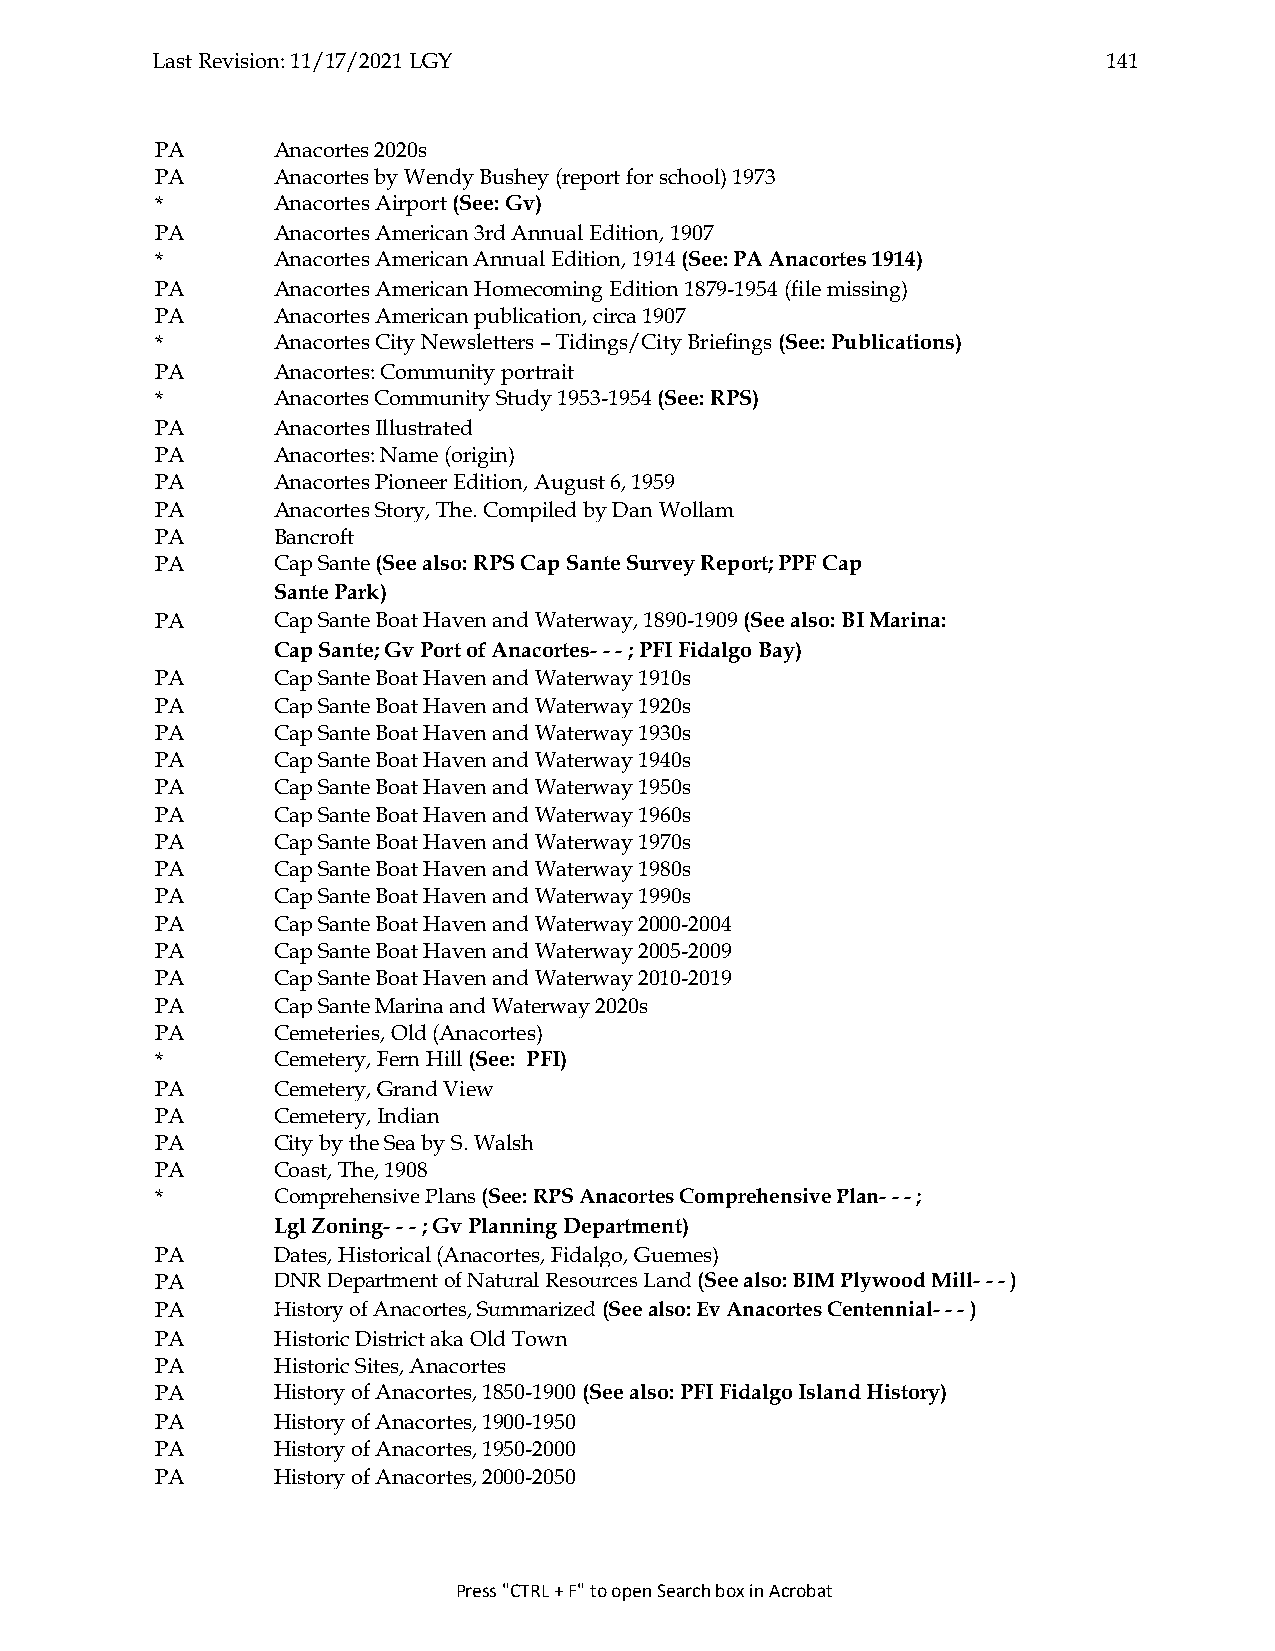
Last Revision: 11/17/2021 LGY                                  141
 PA      Anacortes 2020s
 PA      Anacortes by Wendy Bushey (report for school) 1973
 *       Anacortes Airport (See: Gv)
 PA      Anacortes American 3rd Annual Edition, 1907
 *       Anacortes American Annual Edition, 1914 (See: PA Anacortes 1914)
 PA      Anacortes American Homecoming Edition 1879-1954 (file missing)
 PA      Anacortes American publication, circa 1907
 *       Anacortes City Newsletters – Tidings/City Briefings (See: Publications)
 PA      Anacortes: Community portrait
 *       Anacortes Community Study 1953-1954 (See: RPS)
 PA      Anacortes Illustrated
 PA      Anacortes: Name (origin)
 PA      Anacortes Pioneer Edition, August 6, 1959
 PA      Anacortes Story, The. Compiled by Dan Wollam
 PA      Bancroft
 PA      Cap Sante (See also: RPS Cap Sante Survey Report; PPF Cap
 Sante Park)
 PA      Cap Sante Boat Haven and Waterway, 1890-1909 (See also: BI Marina:
 Cap Sante; Gv Port of Anacortes- - - ; PFI Fidalgo Bay)
 PA      Cap Sante Boat Haven and Waterway 1910s
 PA      Cap Sante Boat Haven and Waterway 1920s
 PA      Cap Sante Boat Haven and Waterway 1930s
 PA      Cap Sante Boat Haven and Waterway 1940s
 PA      Cap Sante Boat Haven and Waterway 1950s
 PA      Cap Sante Boat Haven and Waterway 1960s
 PA      Cap Sante Boat Haven and Waterway 1970s
 PA      Cap Sante Boat Haven and Waterway 1980s
 PA      Cap Sante Boat Haven and Waterway 1990s
 PA      Cap Sante Boat Haven and Waterway 2000-2004
 PA      Cap Sante Boat Haven and Waterway 2005-2009
 PA      Cap Sante Boat Haven and Waterway 2010-2019
 PA      Cap Sante Marina and Waterway 2020s
 PA      Cemeteries, Old (Anacortes)
 *       Cemetery, Fern Hill (See: PFI)
 PA      Cemetery, Grand View
 PA      Cemetery, Indian
 PA      City by the Sea by S. Walsh
 PA      Coast, The, 1908
 *       Comprehensive Plans (See: RPS Anacortes Comprehensive Plan- - - ;
 Lgl Zoning- - - ; Gv Planning Department)
 PA      Dates, Historical (Anacortes, Fidalgo, Guemes)
 PA      DNR Department of Natural Resources Land (See also: BIM Plywood Mill- - - )
 PA      History of Anacortes, Summarized (See also: Ev Anacortes Centennial- - - )
 PA      Historic District aka Old Town
 PA      Historic Sites, Anacortes
 PA      History of Anacortes, 1850-1900 (See also: PFI Fidalgo Island History)
 PA      History of Anacortes, 1900-1950
 PA      History of Anacortes, 1950-2000
 PA      History of Anacortes, 2000-2050
 Press "CTRL + F" to open Search box in Acrobat